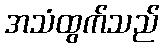
အသံထွက်သည်